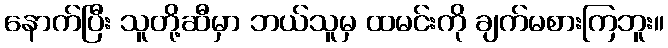
နောက်ပြီး သူတို့ဆီမှာ ဘယ်သူမှ ထမင်းကို ချက်မစားကြဘူး။